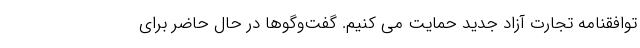
توافقنامه تجارت آزاد جدید حمایت می کنیم. گفت‌وگوها در حال حاضر برای